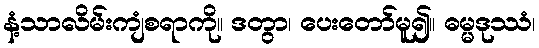
နံ့သာလိမ်းကျံစရာကို။ ဒတွာ၊ ပေးတော်မူ၍။ ဓမ္မဒုဿံ၊